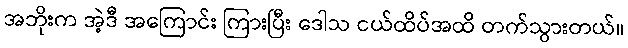
အဘိုးက အဲ့ဒီ အကြောင်း ကြားပြီး ဒေါသ ငယ်ထိပ်အထိ တက်သွားတယ်။